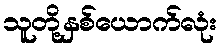
သူတို့နှစ်ယောက်လုံး